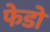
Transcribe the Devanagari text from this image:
फेडो